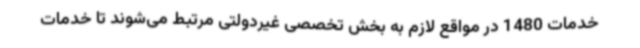
خدمات 1480 در مواقع لازم به بخش تخصصی غیردولتی مرتبط می‌شوند تا خدمات